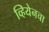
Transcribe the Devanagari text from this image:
व्हियेनचा